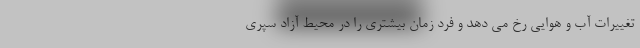
تغییرات آب و هوایی رخ می دهد و فرد زمان بیشتری را در محیط آزاد سپری